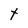
Character: t